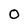
Character: o